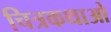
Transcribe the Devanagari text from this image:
चित्रकथाओ